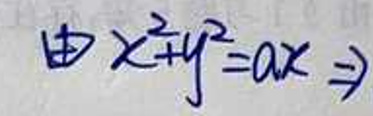
由 \(x^{2}+y^{2}=ax \Rightarrow\)